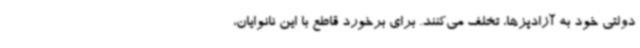
دولتی خود به آزادپزها، تخلف می‌کنند. برای برخورد قاطع با این نانوایان،